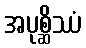
အပုစ္ဆိဿံ